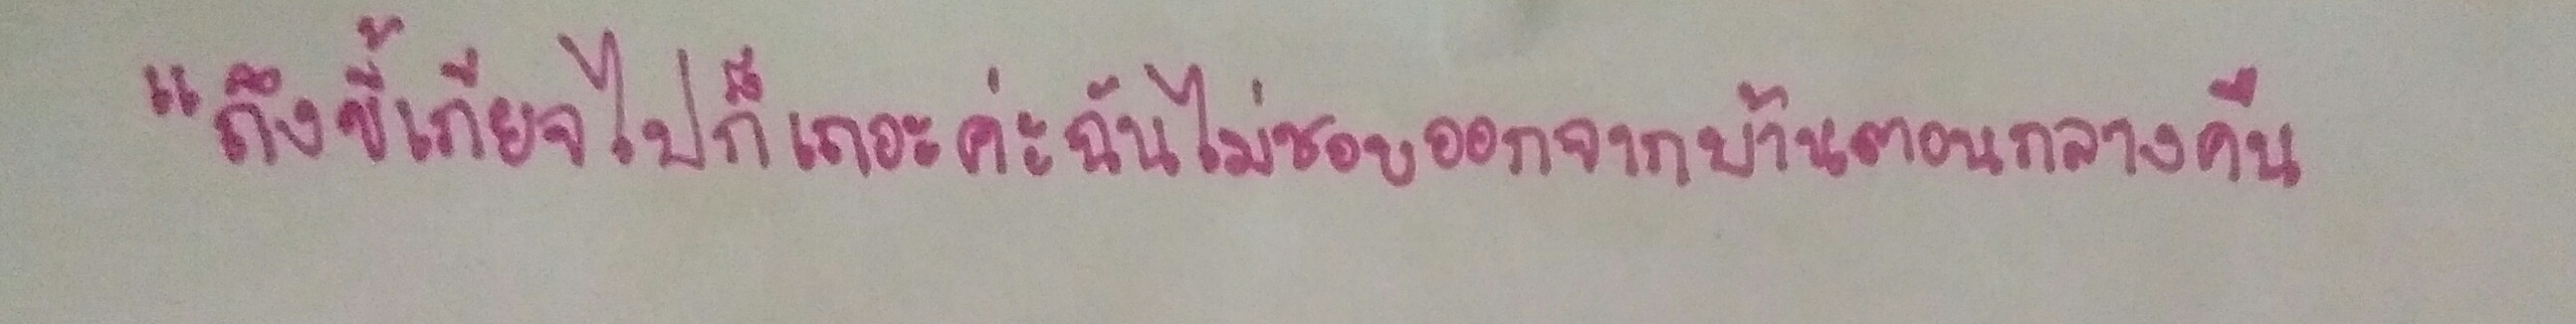
"ถึงขี้เกียจไปก็เถอะค่ะฉันไม่ชอบออกจากบ้านตอนกลางคืน